Plague in India, 1896, 1897 - Volume 2
Year: 1896
Disease focus: Plague
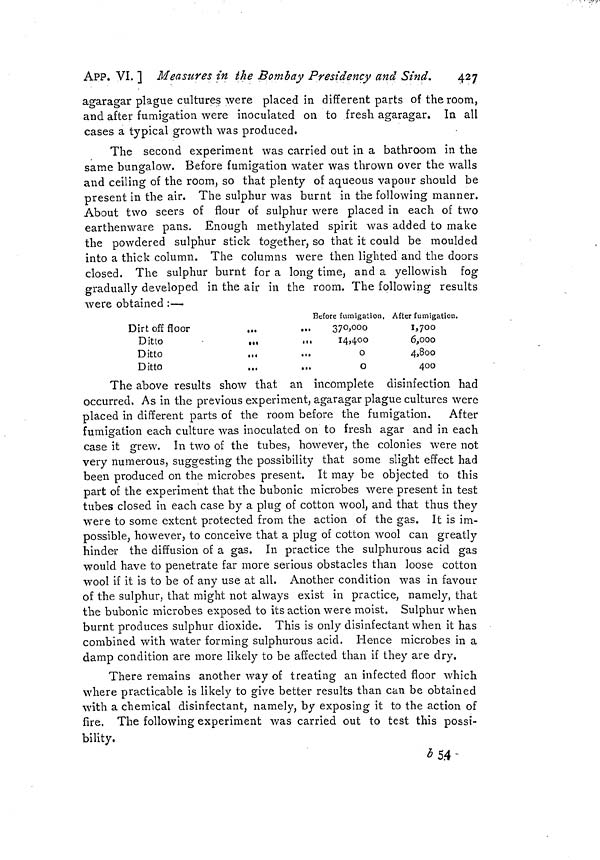
APP. VI. ] Measures in the Bombay Presidency and Sind.
427
agaragar plague cultures were placed in different parts of the room,
and after fumigation were inoculated on to fresh agaragar. In all
cases a typical growth was produced.
The second experiment was carried out in a bathroom in the
same bungalow. Before fumigation water was thrown over the walls
and ceiling of the room, so that plenty of aqueous vapour should be
present in the air. The sulphur was burnt in the following manner.
About two seers of flour of sulphur were placed in each of two
earthenware pans. Enough methylated spirit was added to make
the powdered sulphur stick together, so that it could be moulded
into a thick column. The columns were then lighted and the doors
closed. The sulphur burnt for a long time, and a yellowish fog
gradually developed in the air in the room. The following results
were obtained :—
Dirt off floor
Ditto
...
...
Ditto
Ditto
Before fumigation,
370,000
14,400
0
0
After fumigation,.
1,700
6,000
4,8oO
400
The above results show that an incomplete disinfection had
occurred. As in the previous experiment, agaragar plague cultures were
placed in different parts of the room before the fumigation. After
fumigation each culture was inoculated on to fresh agar and in each
case it grew. In two of the tubes, however, the colonies were not
very numerous, suggesting the possibility that some slight effect had
been produced on the microbes present. It may be objected to this
part of the experiment that the bubonic microbes were present in test
tubes closed in each case by a plug of cotton wool, and that thus they
were to some extent protected from the action of the gas. It is im-
possible, however, to conceive that a plug of cotton wool can greatly
hinder the diffusion of a gas. In practice the sulphurous acid gas
would have to penetrate far more serious obstacles than loose cotton
wool if it is to be of any use at all. Another condition was in favour
of the sulphur, that might not always exist in practice, namely, that
the bubonic microbes exposed to its action were moist. Sulphur when
burnt produces sulphur dioxide. This is only disinfectant when it has
combined with water forming sulphurous acid. Hence microbes in a
damp condition are more likely to be affected than if they are dry.
There remains another way of treating an infected floor which
where practicable is likely to give better results than can be obtained
with a chemical disinfectant, namely, by exposing it to the action of
fire. The following experiment was carried out to test this possi-
bility.
b5.4